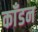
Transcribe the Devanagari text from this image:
काँडन